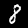
Label: 8